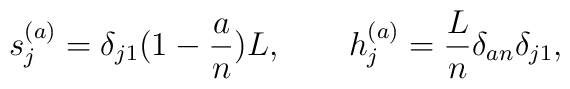
s_j^{(a)}=\delta_{j1}(1-{a\over n})L, \qquad h_j^{(a)}={L\over n}\delta_{an}\delta_{j1},